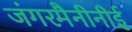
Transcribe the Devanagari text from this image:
जंगरमैनीनीई